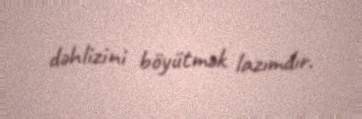
dəhlizini böyütmək lazımdır.